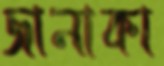
জানাকা